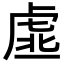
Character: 𧆳